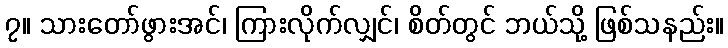
၇။ သားတော်ဖွားအင်၊ ကြားလိုက်လျှင်၊ စိတ်တွင် ဘယ်သို့ ဖြစ်သနည်း။